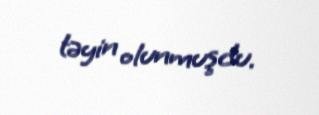
təyin olunmuşdu.